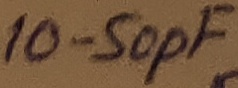
Text: 10-50pF